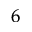
_ 6